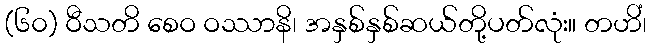
(၆၀) ဝီသတိ စေဝ ဝဿာနိ၊ အနှစ်နှစ်ဆယ်တို့ပတ်လုံး။ တဟိံ၊